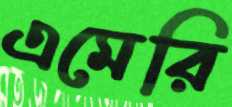
এমেরি